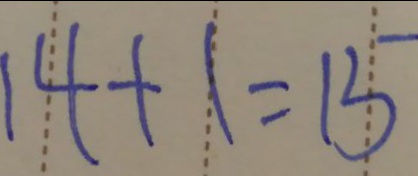
1 4 + 1 = 1 5